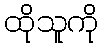
ထိုသူကို